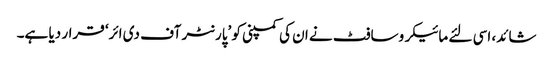
شائد، اسی لئے مائیکروسافٹ نے ان کی کمپنی کو ’پارنٹر آف دی ائر‘ قرار دیا ہے۔